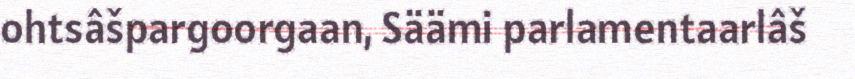
ohtsâšpargoorgaan, Säämi parlamentaarlâš